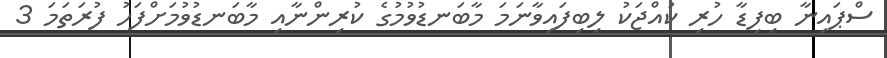
ސްޕައިނާ ބިފިޑާ ހުރި ކުއްޖަކު ލިބިފައިވާނަމަ މާބަނޑުވުމުގެ ކުރިންނާއި މާބަނޑުވުމަށްފަހު ފުރަތަމަ 3